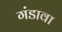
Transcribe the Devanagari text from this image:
गंडावा